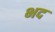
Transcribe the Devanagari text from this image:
भद